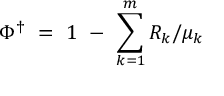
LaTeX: \Phi ^ { \dagger } \ = \ 1 \ - \ \sum _ { k = 1 } ^ { m } R _ { k } / \mu _ { k }